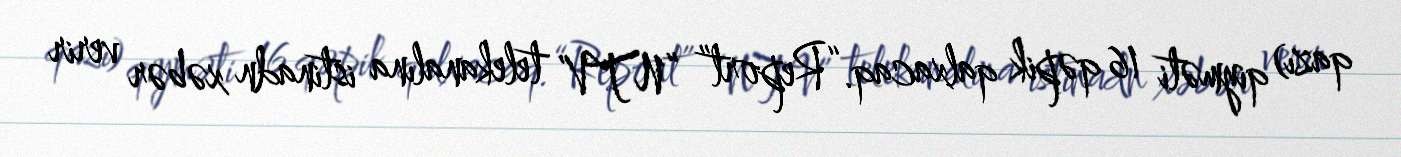
qazı) qiyməti 16 qəpik qalxacaq.“Report” “NTV” telekanalına istinadn xəbər verir